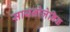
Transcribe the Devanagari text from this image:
सायनोजेनिक